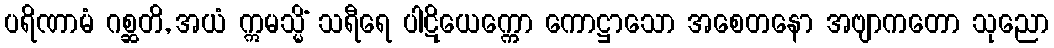
ပရိဏာမံ ဂစ္ဆတိ, အယံ ဣမသ္မိံ သရီရေ ပါဋိယေက္ကော ကောဋ္ဌာသော အစေတနော အဗျာကတော သုညော